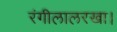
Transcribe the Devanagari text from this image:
रंगीलालरखा।